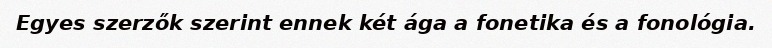
Egyes szerzők szerint ennek két ága a fonetika és a fonológia.